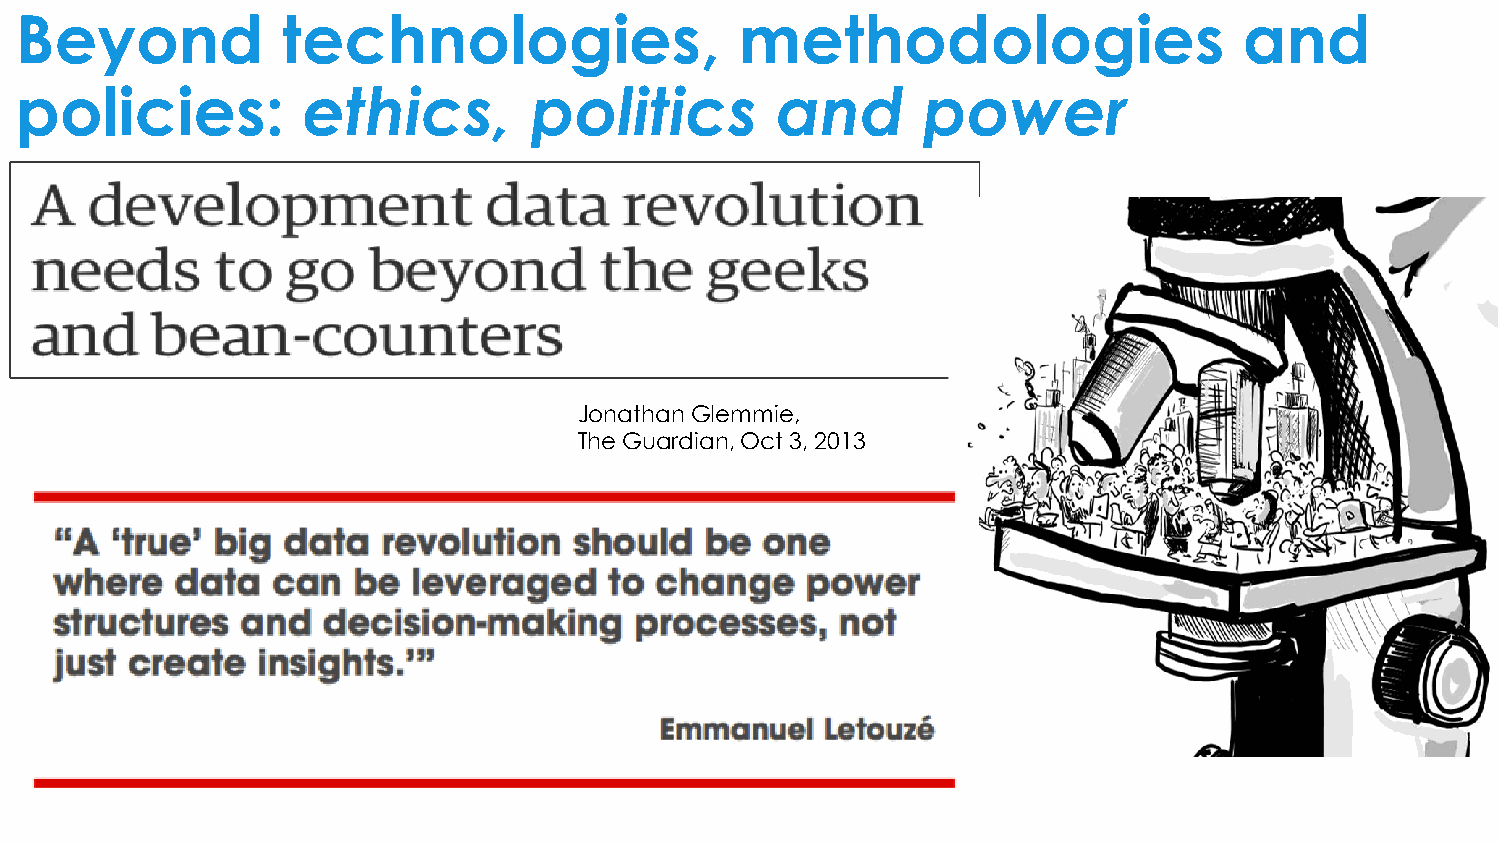
Beyond            technologies,                 methodologies                    and
 policies:          ethics,        politics        and       power
 Jonathan Glemmie,
 The Guardian, Oct 3, 2013